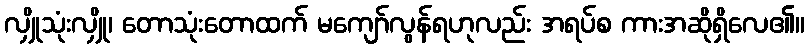
လျှိုသုံးလျှို၊ တောသုံးတောထက် မကျော်လွန်ရဟုလည်း အရပ်စ ကားအဆိုရှိလေ၏။